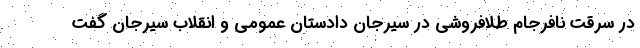
در سرقت نافرجام طلافروشی در سیرجان دادستان عمومی و انقلاب سیرجان گفت